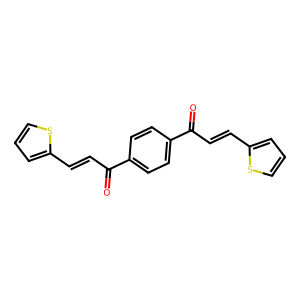
SMILES: O=C(C=Cc1cccs1)c1ccc(C(=O)C=Cc2cccs2)cc1
Inhibits HIV replication: No